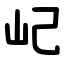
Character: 屺